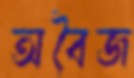
অবৈজ